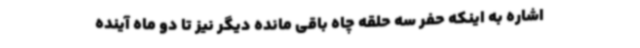
اشاره به اینکه حفر سه حلقه چاه باقی مانده دیگر نیز تا دو ماه آینده